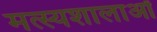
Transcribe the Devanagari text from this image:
मत्स्यशालाओं